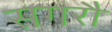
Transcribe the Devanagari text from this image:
सगरौ